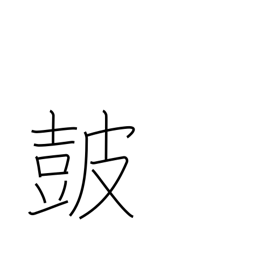
Meaning: drum